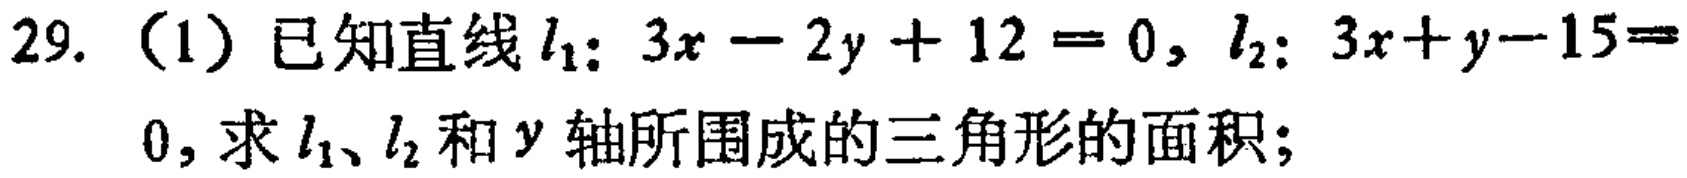
29. （1）已知直线\(l_{1}:3x - 2y + 12 = 0\)，\(l_{2}:3x + y - 15 = 0\)，求\(l_{1}\)、\(l_{2}\)和\(y\)轴所围成的三角形的面积；